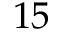
1 5